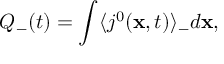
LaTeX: Q _ { - } ( t ) = \int \langle j ^ { 0 } ( { \bf x } , t ) \rangle _ { - } d { \bf x } ,